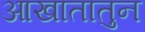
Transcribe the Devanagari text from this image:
आखातातुन